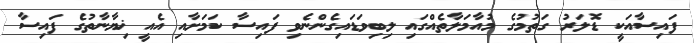
ފައިސާއަކީ ޑޮލަރު ގަތުމުގެ މުއާމަލާތެއްގައި ލިބިވަޑައިގެންނެވި ފައިސާ ކަމަށާއި އެއީ ޚިޔާނާތުގެ ފައިސާ